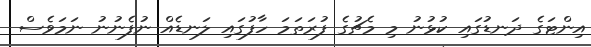
އިންޓަގެ ދަނޑުގައި ކުޅުނު މި މެޗުގެ ފުރަތަމަ ހާފުގައި ލަނޑެއް ނުފެނުނު ނަމަވެސް